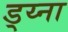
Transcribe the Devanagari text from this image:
ड्य्ना